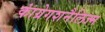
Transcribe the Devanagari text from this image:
कांग्रेगशनैलिज्म